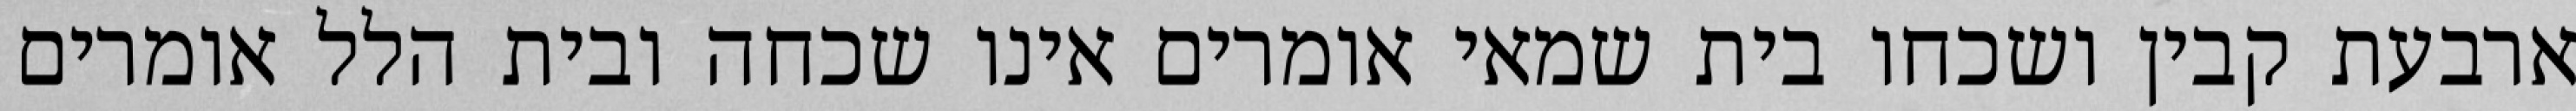
ארבעת קבין ושכחו בית שמאי אומרים אינו שכחה ובית הלל אומרים